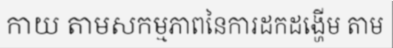
កាយ តាមសកម្មភាពនៃការដកដង្ហើម តាម